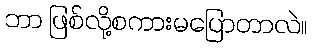
ဘာ ဖြစ်လို့စကားမပြောတာလဲ။